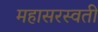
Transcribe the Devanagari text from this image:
महासरस्‍वती